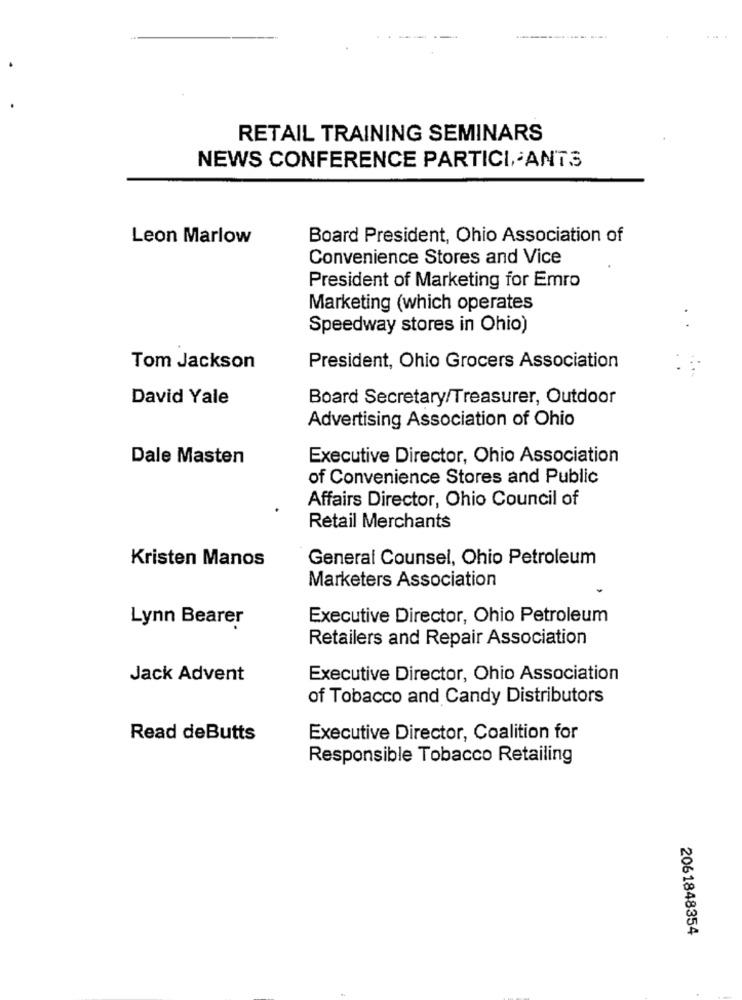
RETAIL TRAINING SEMINARS
NEWS CONFERENCE PARTICI, ANTS
Leon Marlow
Board President, Ohio Association of
Convenience Stores and Vice
President of Marketing for Emro
Marketing (which operates
Speedway stores in Ohio)
Tom Jackson
President, Ohio Grocers Association
David Yale
Board Secretary/Treasurer, Outdoor
Advertising Association of Ohio
Dale Masten
Executive Director, Ohio Association
of Convenience Stores and Public
Affairs Director, Ohio Council of
Retail Merchants
Kristen Manos
General Counsel, Ohio Petroleum
Marketers Association
Lynn Bearer
Executive Director, Ohio Petroleum
Retailers and Repair Association
Jack Advent
Executive Director, Ohio Association
of Tobacco and Candy Distributors
Read deButts
Executive Director, Coalition for
Responsible Tobacco Retailing
2061848354